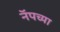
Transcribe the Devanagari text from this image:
नॅपच्या